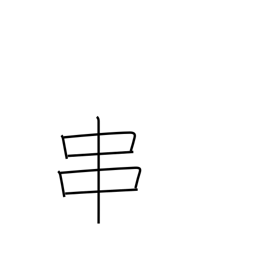
Meaning: spit